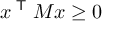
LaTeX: x ^ { \textsf { T } } M x \geq 0